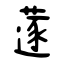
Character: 蓫